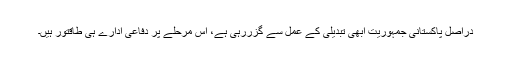
دراصل پاکستانی جمہوریت ابھی تبدیلی کے عمل سے گزررہی ہے، اس مرحلے پر دفاعی ادارے ہی طاقتور ہیں۔